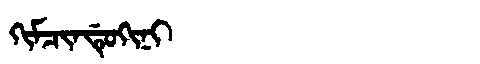
Manchu: ᡴᡳᠮᠴᡳᠨᡩᡠᡴᡳᠨᡳ
Romanization: KIMCINDUKINI